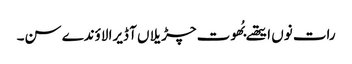
رات نوں ایتھے بُھوت چڑیلاں آ ڈیرا لاؤندے سن۔